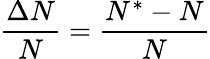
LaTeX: \frac{\Delta N}{N}=\frac{N^{*}-N}{N}